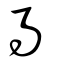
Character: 冎